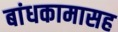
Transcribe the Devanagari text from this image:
बांधकामासह